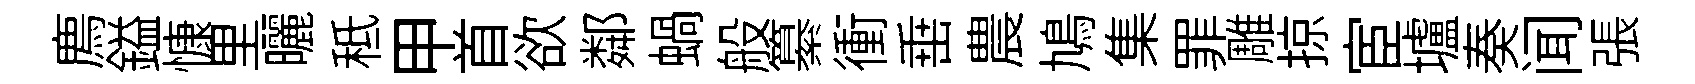
廌鎰慷里曬秪甲首欲鄰蝸般纂衝𡸁農鳩集罪雕掠宦壚奏闻張